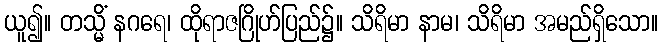
ယူ၍။ တသ္မိံ နဂရေ၊ ထိုရာဇဂြိုဟ်ပြည်၌။ သိရိမာ နာမ၊ သိရိမာ အမည်ရှိသော။